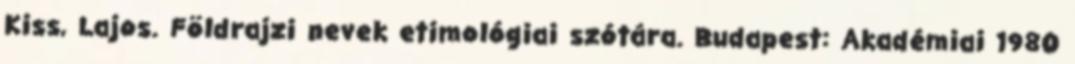
Kiss, Lajos. Földrajzi nevek etimológiai szótára. Budapest: Akadémiai 1980